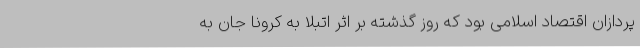
پردازان اقتصاد اسلامی بود که روز گذشته بر اثر اتبلا به کرونا جان به